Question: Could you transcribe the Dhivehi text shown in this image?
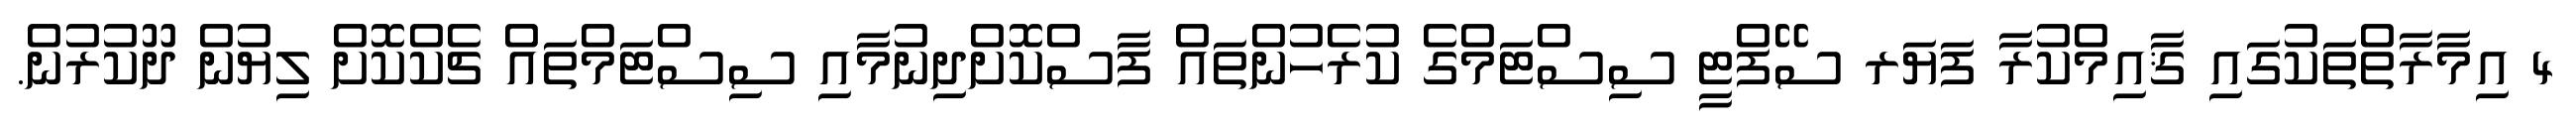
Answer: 4 އިމާރާތްތަކުގައި ޤާއިމްކުރާ ފަޔަރ ސޭފްޓީ ސިސްޓަމްގެ ކުރެހުންތައް ފާސްކޮށްދިނުމާއި ސިސްޓަމްތައް ޗެކްކޮށް ލިޔުން ދޫކުރުން.